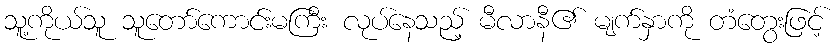
သူ့ကိုယ်သူ သူတော်ကောင်းမကြီး လုပ်နေသည့် မီလာနီ၏ မျက်နှာကို တံတွေးဖြင့်